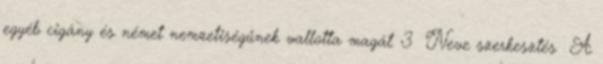
egyéb cigány és német nemzetiségűnek vallotta magát. 3 Neve szerkesztés A